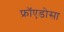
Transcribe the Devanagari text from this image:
फ्रॉएडोसा